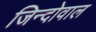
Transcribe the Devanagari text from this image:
जिन्दोवाल